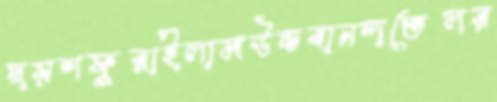
ছয়শফুরাইলামউচ্চবানন্দতেলর